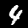
Digit: 4